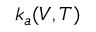
k _ { a } ( V , T )